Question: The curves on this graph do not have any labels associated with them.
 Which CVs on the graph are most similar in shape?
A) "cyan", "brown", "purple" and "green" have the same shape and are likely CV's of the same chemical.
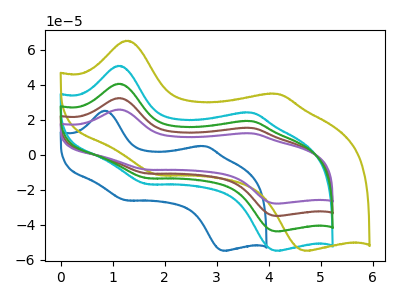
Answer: <think>The blue curve "blue" has anodic peaks at (0.85V, 25.15uA) (2.80V, 4.90uA) and cathodic peaks at (1.25V, -25.95uA) (3.15V, -54.80uA). The cyan curve "cyan" has anodic peaks at (1.10V, 50.85uA) (3.65V, 24.10uA) and cathodic peaks at (1.65V, -16.65uA) (4.15V, -54.80uA). The olive curve "olive" has anodic peaks at (1.25V, 65.15uA) (4.15V, 34.80uA) and cathodic peaks at (1.90V, -11.50uA) (4.70V, -54.80uA). The brown curve "brown" has anodic peaks at (1.10V, 81.15uA) (3.65V, 38.45uA) and cathodic peaks at (1.65V, -26.60uA) (4.15V, -87.50uA). The purple curve "purple" has anodic peaks at (1.10V, 121.75uA) (3.65V, 57.70uA) and cathodic peaks at (1.65V, -39.95uA) (4.15V, -131.25uA). The green curve "green" has anodic peaks at (1.10V, 40.60uA) (3.65V, 19.25uA) and cathodic peaks at (1.65V, -13.30uA) (4.15V, -43.75uA).
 "blue" and "cyan" have at least one peak that do not match. "blue" and "olive" have at least one peak that do not match. "blue" and "brown" have at least one peak that do not match. "blue" and "purple" have at least one peak that do not match. "blue" and "green" have at least one peak that do not match. "cyan" and "olive" have at least one peak that do not match. All the peaks in "cyan" have a peak in "brown" at the same potential. Every peak in "cyan" is lower than every peak in "brown". All the peaks in "cyan" have a peak in "purple" at the same potential. Every peak in "cyan" is lower than every peak in "purple". All the peaks in "cyan" have a peak in "green" at the same potential. Every peak in "cyan" is higher than every peak in "green". "olive" and "brown" have at least one peak that do not match. "olive" and "purple" have at least one peak that do not match. "olive" and "green" have at least one peak that do not match. All the peaks in "brown" have a peak in "purple" at the same potential. Every peak in "brown" is lower than every peak in "purple". All the peaks in "brown" have a peak in "green" at the same potential. Every peak in "brown" is higher than every peak in "green". All the peaks in "purple" have a peak in "green" at the same potential. Every peak in "purple" is higher than every peak in "green".</think>
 <answer>A) "cyan", "brown", "purple" and "green" have the same shape and are likely CV's of the same chemical.</answer>
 <eval>A</eval>